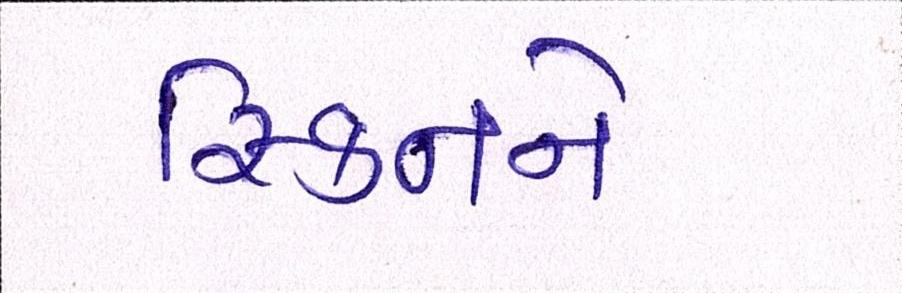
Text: સ્કિનને